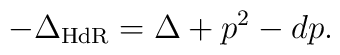
-\Delta_{\rm HdR}=\Delta +p^2-dp .